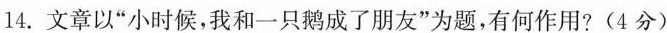
14.文章以”小时候，我和一只鹅成了朋友”为题，有何作用?(4分)